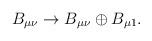
LaTeX: \begin{align*}B_{\mu\nu}\to B_{\mu\nu}\oplus B_{\mu 1}.\end{align*}